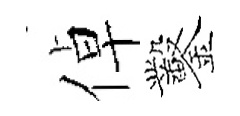
倬鑿